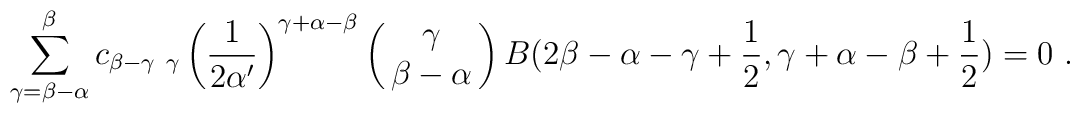
\sum_{\gamma=\beta-\alpha}^{\beta}  c_{\beta-\gamma\ \gamma}\left({1\over 2\alpha'}\right)^{\gamma+\alpha-\beta}\left(\matrix{\gamma\cr \beta-\alpha\cr}\right)B(2\beta-\alpha-\gamma+\frac{1}{2},\gamma+\alpha-\beta+\frac{1}{2})=0\ .